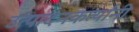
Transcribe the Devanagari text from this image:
उत्पादनकर्त्यांनी